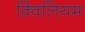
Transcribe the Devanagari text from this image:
क़्विलियम